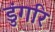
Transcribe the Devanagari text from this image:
डुंगरि